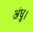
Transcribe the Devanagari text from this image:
अंधु।